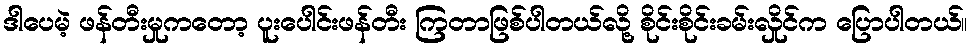
ဒါပေမဲ့ ဖန်တီးမှုကတော့ ပူးပေါင်းဖန်တီး ကြတာဖြစ်ပါတယ်လို့ စိုင်းစိုင်းခမ်းလှိုင်က ပြောပါတယ်။